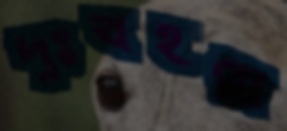
দুঃখহরা